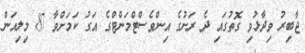
ޖާބިރު ވިދާޅުވި ގޮތުގައި ދެ ރަށުގެ އިންވެސްޓްމަންޓްގެ އަގު ކަމަށްވާ 87 މިލިއަން